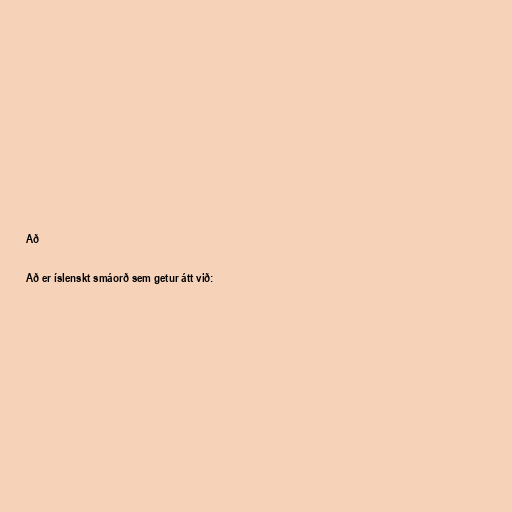
Að

Að er íslenskt smáorð sem getur átt við: